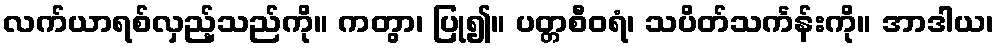
လက်ယာရစ်လှည့်သည်ကို။ ကတွာ၊ ပြု၍။ ပတ္တစီဝရံ၊ သပိတ်သင်္ကန်းကို။ အာဒါယ၊